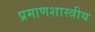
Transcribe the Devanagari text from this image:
प्रमाणशास्त्रीय